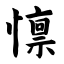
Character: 懔